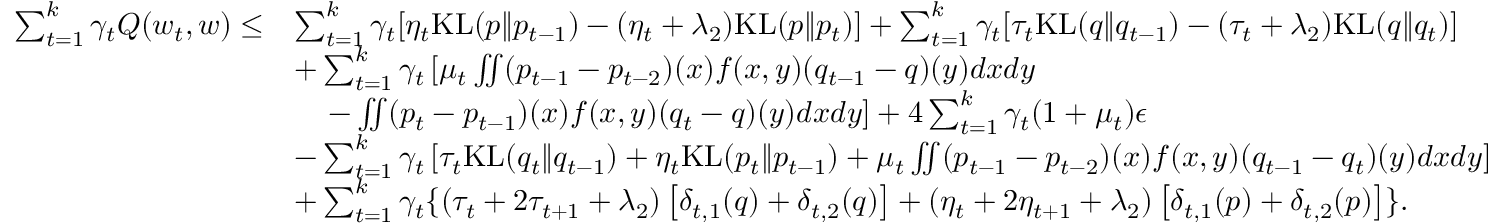
\begin{array} { r l } { \sum _ { t = 1 } ^ { k } \gamma _ { t } Q ( w _ { t } , w ) \leq } & { \sum _ { t = 1 } ^ { k } \gamma _ { t } [ \eta _ { t } \mathrm { K L } ( p \| p _ { t - 1 } ) - ( \eta _ { t } + \lambda _ { 2 } ) \mathrm { K L } ( p \| p _ { t } ) ] + \sum _ { t = 1 } ^ { k } \gamma _ { t } [ \tau _ { t } \mathrm { K L } ( q \| q _ { t - 1 } ) - ( \tau _ { t } + \lambda _ { 2 } ) \mathrm { K L } ( q \| q _ { t } ) ] } \\ & { + \sum _ { t = 1 } ^ { k } \gamma _ { t } \left[ \mu _ { t } \iint ( p _ { t - 1 } - p _ { t - 2 } ) ( x ) f ( x , y ) ( q _ { t - 1 } - q ) ( y ) d x d y \right. } \\ & { \left. \, \, \, \, \, \, - \iint ( p _ { t } - p _ { t - 1 } ) ( x ) f ( x , y ) ( q _ { t } - q ) ( y ) d x d y \right] + 4 \sum _ { t = 1 } ^ { k } \gamma _ { t } ( 1 + \mu _ { t } ) \epsilon } \\ & { - \sum _ { t = 1 } ^ { k } \gamma _ { t } \left[ \tau _ { t } \mathrm { K L } ( q _ { t } \| q _ { t - 1 } ) + \eta _ { t } \mathrm { K L } ( p _ { t } \| p _ { t - 1 } ) + \mu _ { t } \iint ( p _ { t - 1 } - p _ { t - 2 } ) ( x ) f ( x , y ) ( q _ { t - 1 } - q _ { t } ) ( y ) d x d y \right] } \\ & { + \sum _ { t = 1 } ^ { k } \gamma _ { t } \{ ( \tau _ { t } + 2 \tau _ { t + 1 } + \lambda _ { 2 } ) \left[ \delta _ { t , 1 } ( q ) + \delta _ { t , 2 } ( q ) \right] + ( \eta _ { t } + 2 \eta _ { t + 1 } + \lambda _ { 2 } ) \left[ \delta _ { t , 1 } ( p ) + \delta _ { t , 2 } ( p ) \right] \} . } \end{array}